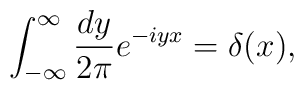
\int_{-\infty}^{\infty} \frac{dy}{2\pi} e^{-iyx} = \delta(x),